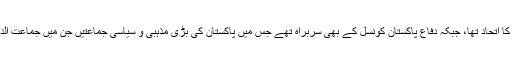
وہ متحدہ دینی محاذ کے بھی بانی تھے جو پاکستان کے چھوٹے مذہبی جماعتوں کا اتحاد تھا، جبکہ دفاع پاکستان کونسل کے بھی سربراہ تھے جس میں پاکستان کی بڑی مذہبی و سیاسی جماعتیں جن میں جماعت الدعوۃ ، اہلسنت والجماعت، عوامی مسلم لیگ سمیت دیگر جماعتیں بھی شامل تھیں۔